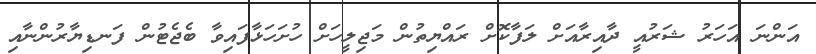
އަންނަ އަހަރު ޝަރުއީ ދާއިރާއަށް ލަފާކޮށް ރައްޔިތުން މަޖިލީހަށް ހުށަހަޅާފައިވާ ބެޖެޓުން ފަނޑިޔާރުންނާއި